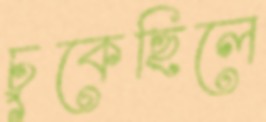
চুকেছিলে